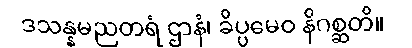
ဒသန္နမညတရံ ဌာနံ၊ ခိပ္ပမေဝ နိဂစ္ဆတိ။